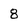
Character: 8